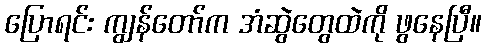
ပြောရင်း ကျွန်တော်က အံဆွဲတွေထဲကို ဖွနေပြီ။